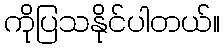
ကိုပြသနိုင်ပါတယ်။